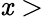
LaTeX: \mathit{x}>